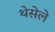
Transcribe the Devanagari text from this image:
थेसेले